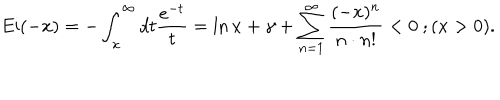
\mathrm { E i } ( - x ) = - \int _ { x } ^ { \infty } d t \frac { e ^ { - t } } { t } = \ln x + \gamma + \sum _ { n = 1 } ^ { \infty } \frac { ( - x ) ^ { n } } { n \cdot n ! } < 0 \ ; ( x > 0 ) .